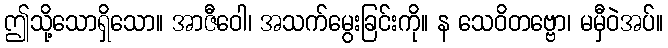
ဤသို့သောရှိသော။ အာဇီဝေါ၊ အသက်မွေးခြင်းကို။ န သေဝိတဗ္ဗော၊ မမှီဝဲအပ်။